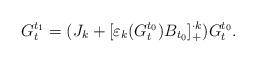
LaTeX: \begin{align*}G_t^{t_1} = (J_k + [\varepsilon_k(G^{t_0}_t)B_{t_0}]^{\cdot k}_+)G^{t_0}_t.\end{align*}